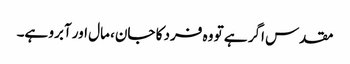
مقدس اگر ہے تو وہ فرد کا جان، مال اور آبرو ہے۔